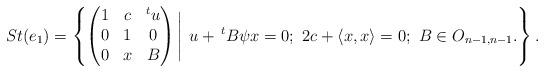
LaTeX: \begin{align*}St(e_{1}) = \left\{\begin{pmatrix}1 & c & ^{t}u \\0 & 1 & 0 \\0 & x & B\end{pmatrix}\Bigg| \,\, u + \, ^{t}B\psi x = 0 ; \,\,2c + \langle x, x \rangle = 0 ; \,\,B \in O_{n-1, n-1}.\right\}.\end{align*}